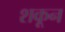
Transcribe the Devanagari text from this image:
शकून